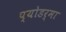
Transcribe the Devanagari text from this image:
प्योडर्मा